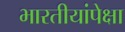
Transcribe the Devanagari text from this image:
भारतीयांपेक्षा